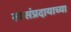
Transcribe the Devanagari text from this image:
स्वसंप्रदायाच्या